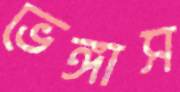
ভেঙ্গাস